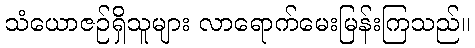
သံယောဇဉ်ရှိသူများ လာရောက်မေးမြန်းကြသည်။